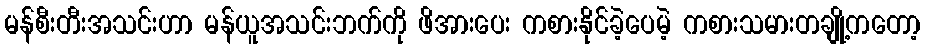
မန်စီးတီးအသင်းဟာ မန်ယူအသင်းဘက်ကို ဖိအားပေး ကစားနိုင်ခဲ့ပေမဲ့ ကစားသမားတချို့ကတော့